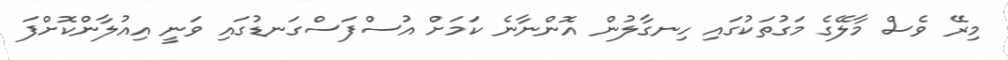
މިރޭ ވެސް މާލޭގެ މަގުތަކުގައި ހިނގާލުން އޮންނާނެ ކަމަށް އުސްފަސްގަނޑުގައި ވަނީ އިއުލާންކޮށްފަ